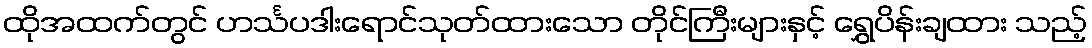
ထိုအထက်တွင် ဟင်္သပဒါးရောင်သုတ်ထားသော တိုင်ကြီးများနှင့် ရွှေပိန်းချထား သည့်